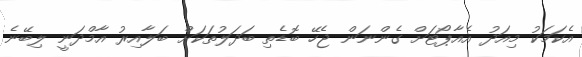
އެކަމަކު މިއަދު އެއާޕޯޓަށް ގެންނަން ޖެހޭ ބޮޑެތި ބަދަލުތަކަށް ބަލާއިރު އާމްދަނީ ލިބޭނެ